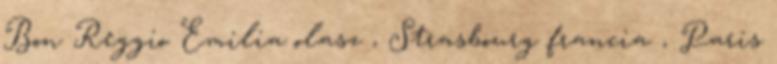
Bon Reggio Emilia olasz , Strasbourg francia , Paris